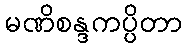
မဏိစန္ဒကပ္ပိတာ